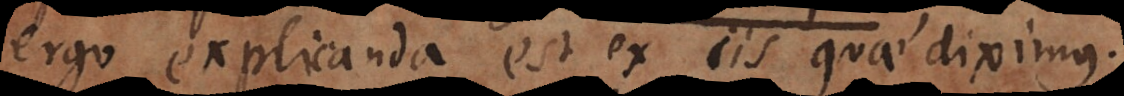
ergo explicanda est ex iis quae